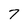
Character: 7